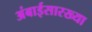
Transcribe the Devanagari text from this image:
अंबाईसारख्या